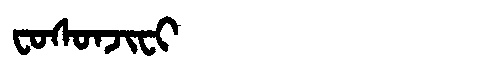
Manchu: ᠸᠣᠰᠣᠨᠵᡳᠸᡳ
Romanization: FOSONJIFI